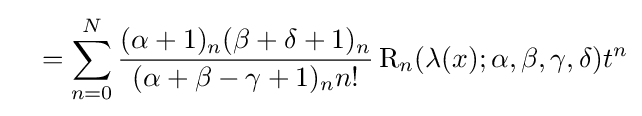
\quad =\sum _{n=0}^{N}{\frac {(\alpha +1)_{n}(\beta +\delta +1)_{n}}{(\alpha +\beta -\gamma +1)_{n}n!}}\operatorname {R} _{n}(\lambda (x);\alpha ,\beta ,\gamma ,\delta )t^{n}